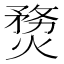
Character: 熃